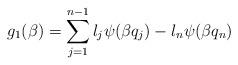
LaTeX: \begin{align*}g_{1}(\beta)=\sum_{j=1}^{n-1}l_j \psi(\beta q_j)-l_n \psi(\beta q_n)\end{align*}